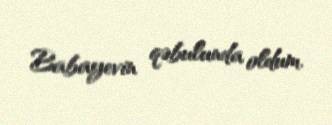
Babayevin qəbulunda oldum.